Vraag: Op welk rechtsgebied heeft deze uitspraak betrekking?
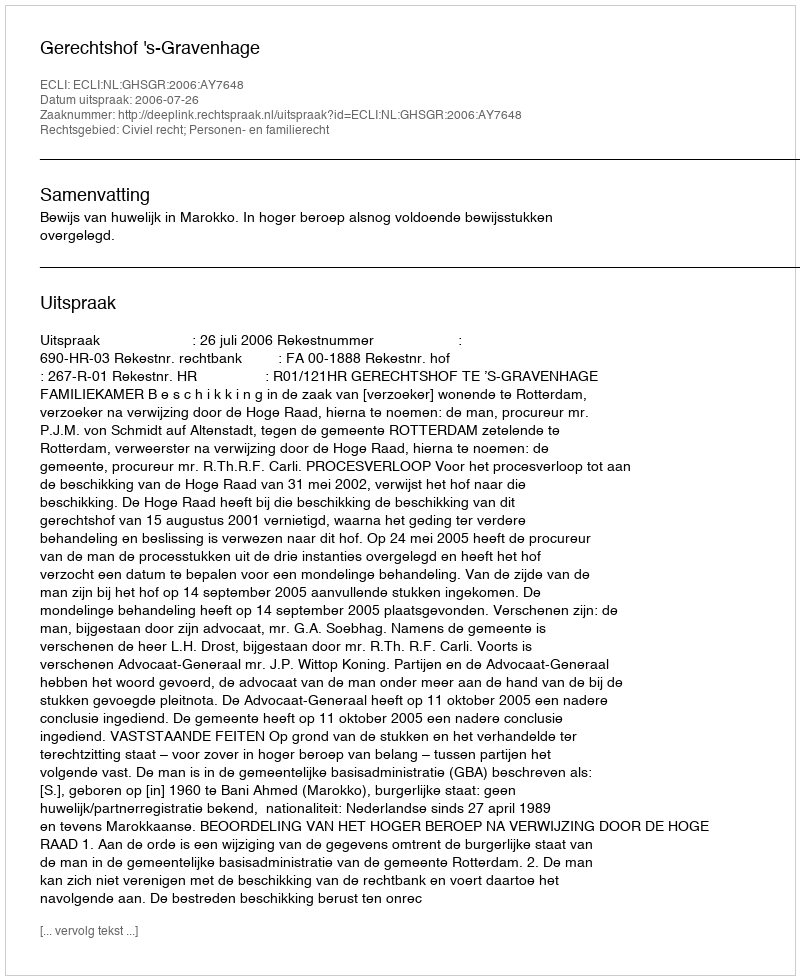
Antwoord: Civiel recht; Personen- en familierecht